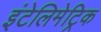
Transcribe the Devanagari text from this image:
इंटेलिमेट्रिक